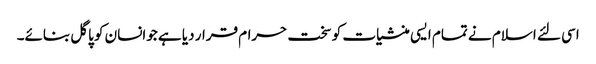
اسی لئے اسلام نے تمام ایسی منشیات کو سخت حرام قرار دیا ہے جوانسان کو پاگل بنائے۔